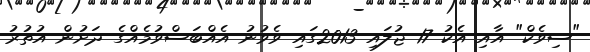
"ސިވެކް" އާއި އެކު 17 ޖުލައި 2013ގައި ވެވުނު އެއްބަސްވުމެއްގެ ދަށުން އުތުރު